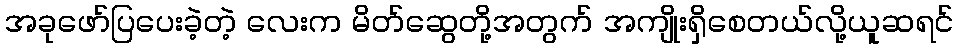
အခုဖော်ပြပေးခဲ့တဲ့ လေးက မိတ်ဆွေတို့အတွက် အကျိုးရှိစေတယ်လို့ယူဆရင်